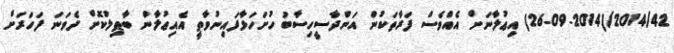
2014/42/(26.09.2014) އިޢުލާނަށް އެއްވެސް ފަރާތަކުން އަންދާސީހިސާބު ހުށަހަޅާފައިނުވާތީ އެއިޢުލާން ބާޠިލުކޮށް ދެވަނަ ފަހަރަށް